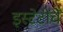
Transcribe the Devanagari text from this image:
इस्टेटींचें